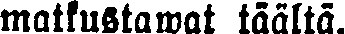
matkustawat täältä.